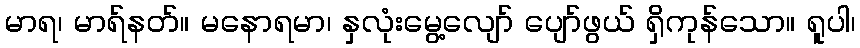
မာရ၊ မာရ်နတ်။ မနောရမာ၊ နှလုံးမွေ့လျော် ပျော်ဖွယ် ရှိကုန်သော။ ရူပါ၊